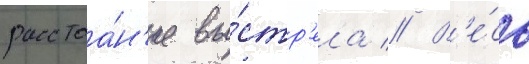
расстоа́н'ие вы́стр'ела // В'е́сь